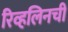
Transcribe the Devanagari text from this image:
रिव्हलिनची